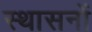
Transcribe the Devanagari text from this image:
स्थासनों